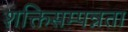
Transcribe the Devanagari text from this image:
शक्तिसम्पन्नता